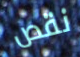
نقص